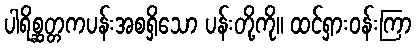
ပါရိစ္ဆတ္တကပန်းအစရှိသော ပန်းတို့ကို။ ထင်ရှားဝန်းကြာ